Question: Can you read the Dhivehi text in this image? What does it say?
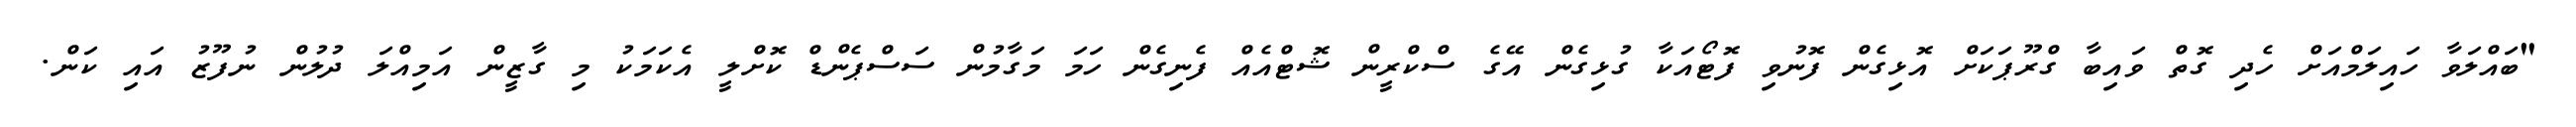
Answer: "ބައްލަވާ ހައިލަމްއަށް ހެދި ގޮތް ވައިބާ ގްރޫޕަކަށް އޮޅިގެން ފޮނުވި ފޮޓޯއަކާ ގުޅިގެން އޭގެ ސްކްރީން ޝޮޓްއެއް ފެނިގެން ހަމަ މަގާމުން ސަސްޕެންޑް ކޮށްލީ އެކަމަކު މި ގާޒީން އަމިއްލަ ދުލުން ނުފޫޒު އައި ކަން.